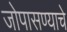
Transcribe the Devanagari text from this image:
जोपासण्याचे